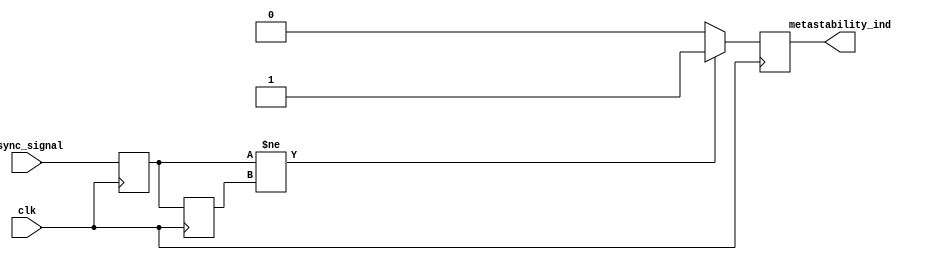
module metastability_detector (
    input wire clk,               // Clock signal
    input wire async_signal,      // Asynchronous input signal to monitor
    output reg metastability_ind   // Output indicator for metastability detection
);

    // Internal signals for latch outputs
    reg latch1_out;               // Output of the first latch (L1)
    reg latch2_out;               // Output of the second latch (L2)

    // First latch (L1) - samples the asynchronous input signal
    always @(posedge clk) begin
        latch1_out <= async_signal; // Capture async signal on clock edge
    end

    // Second latch (L2) - samples the output of the first latch
    always @(posedge clk) begin
        latch2_out <= latch1_out; // Capture output of L1 on next clock edge
    end

    // Metastability detection logic
    always @(posedge clk) begin
        // Check if L1 and L2 are different, indicating a potential metastable state
        if (latch1_out != latch2_out) begin
            metastability_ind <= 1'b1; // Metastability detected
        end else begin
            metastability_ind <= 1'b0; // No metastability detected
        end
    end

endmodule